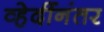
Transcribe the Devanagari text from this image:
व्हेर्दीनंतर